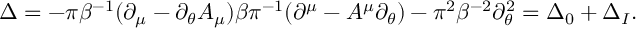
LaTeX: \Delta = - \pi \beta ^ { - 1 } ( \partial _ { \mu } - \partial _ { \theta } A _ { \mu } ) \beta \pi ^ { - 1 } ( \partial ^ { \mu } - A ^ { \mu } \partial _ { \theta } ) - \pi ^ { 2 } \beta ^ { - 2 } \partial _ { \theta } ^ { 2 } = \Delta _ { 0 } + \Delta _ { I } .